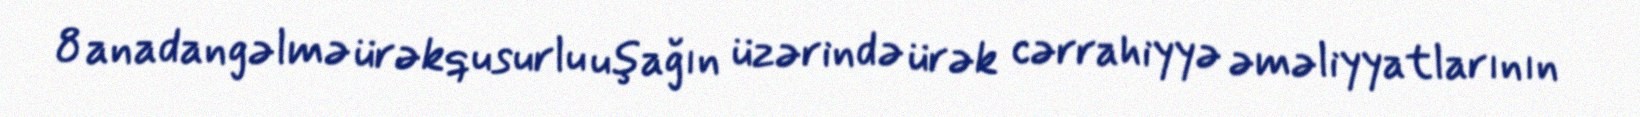
8 anadangəlmə ürəkqusurlu uşağın üzərində ürək cərrahiyyə əməliyyatlarının